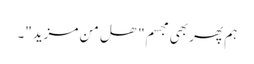
ہم پھر بھی مجسم" ھل من مزید"۔